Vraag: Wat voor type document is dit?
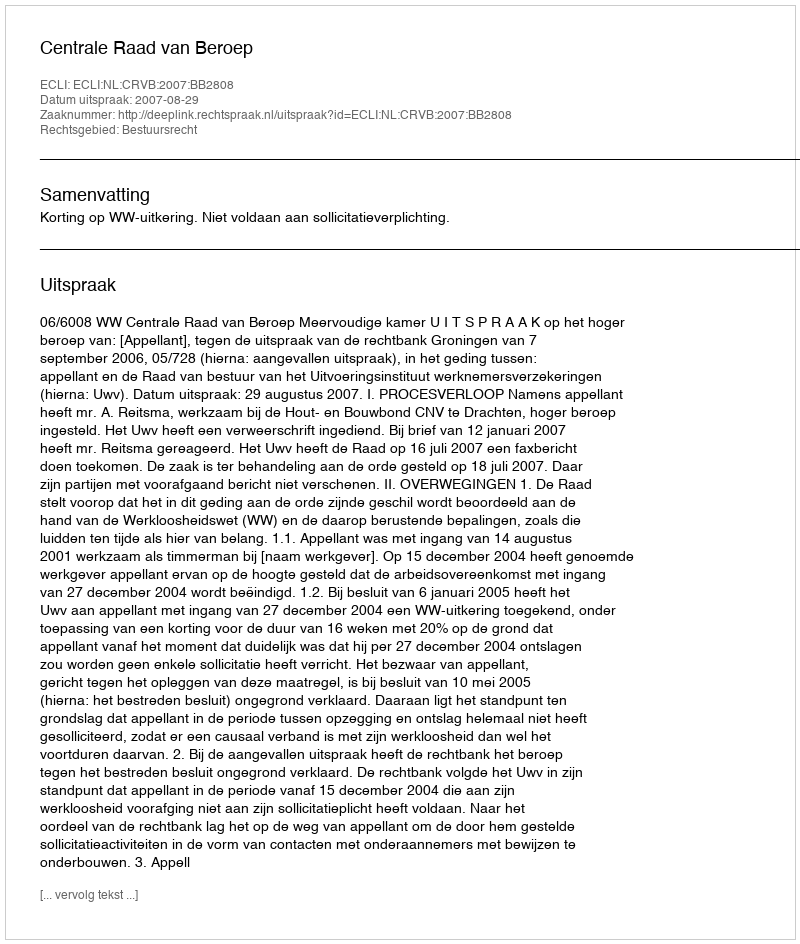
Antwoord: Uitspraak